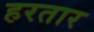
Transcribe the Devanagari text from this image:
हरतार